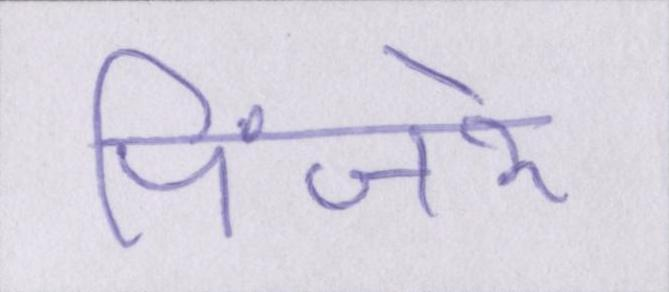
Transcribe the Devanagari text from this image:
पिंजरे